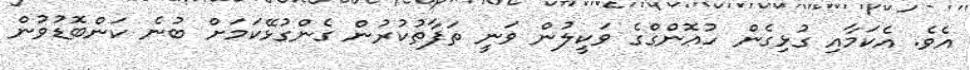
އެވެ. އެކަމާއި ގުޅިގެން ހުއޮންގްގެ ވަކީލުން ވަނީ ތަފާތުކުރުން ގެންގުޅޭކަމަށް ބުނެ ކަންބޮޑުވުން